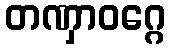
တဏှာဝဂ္ဂေ